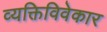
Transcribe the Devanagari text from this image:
व्यक्तिविवेकार